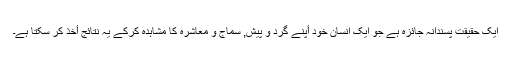
ایک حقیقت پسندانہ جائزہ ہے جو ایک انسان خود أپنے گرد و پیش, سماج و معاشرہ کا مشاہدہ کرکے یہ نتائج أخذ کر سکتا ہے۔